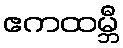
ဧကထမ္ဘီ